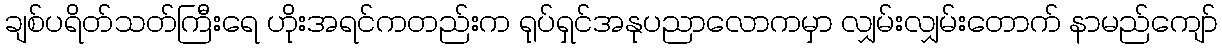
ချစ်ပရိတ်သတ်ကြီးရေ ဟိုးအရင်ကတည်းက ရုပ်ရှင်အနုပညာလောကမှာ လျှမ်းလျှမ်းတောက် နာမည်ကျော်